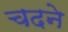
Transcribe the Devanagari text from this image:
चदने